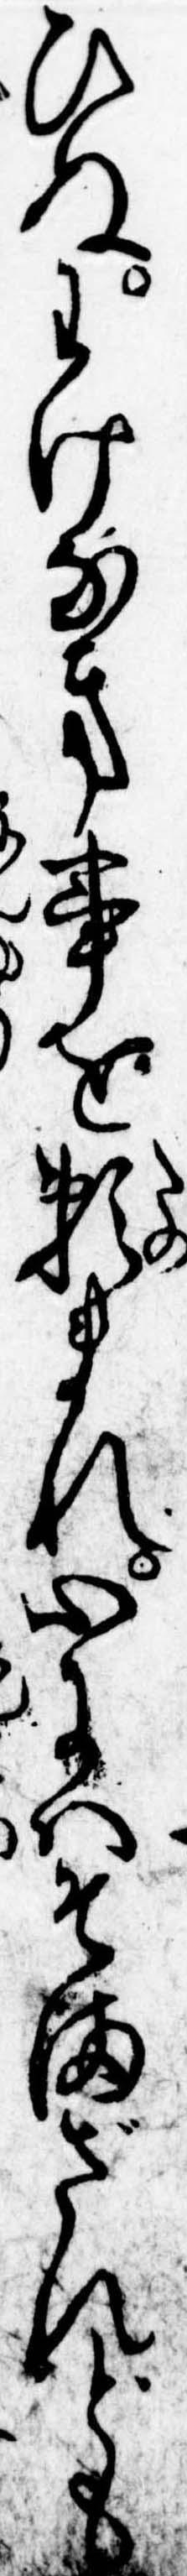
ひぬわけなき事を頼まれ心にはそまざれども